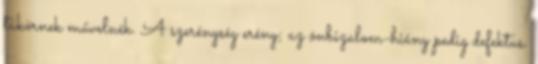
tükörnek művelnék. A szerénység erény; az önbizalom-hiány pedig defektus.